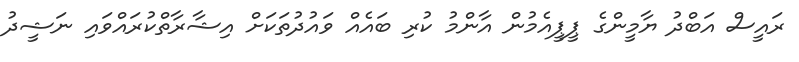
ރައީސް އަބްދު ޔާމީންގެ ޕީޕީއެމުން އާންމު ކުރި ބައެއް ވައުދުތަކަށް އިޝާރާތްކުރައްވައި ނަޝީދު